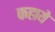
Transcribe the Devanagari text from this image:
कहाये